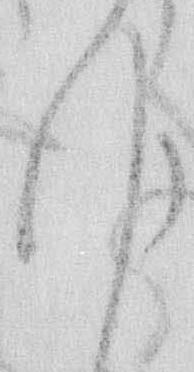
ゆ